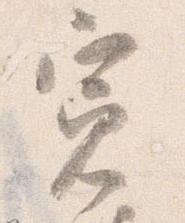
寛